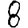
Digit: 8